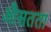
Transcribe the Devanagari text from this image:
औसतता